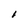
Character: I